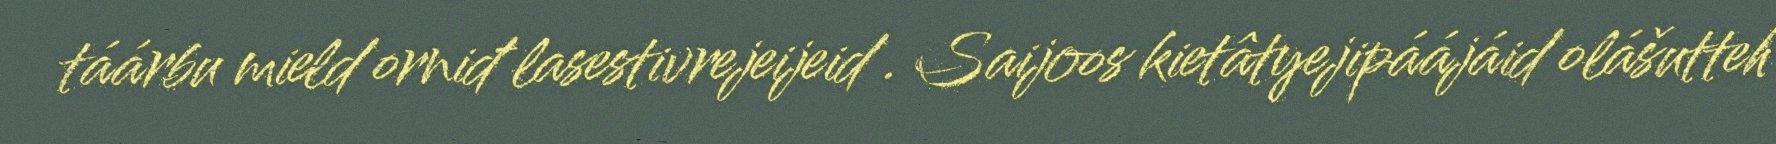
táárbu mield orniđ lasestivrejeijeid . Saijoos kietâtyejipáájáid olášutteh